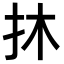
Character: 𢪮